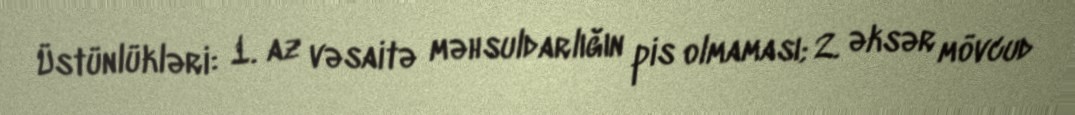
Üstünlükləri: 1. az vəsaitə məhsuldarlığın pis olmaması; 2. əksər mövcud